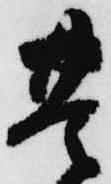
豊